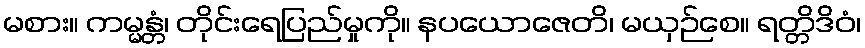
မစား။ ကမ္မန္တံ၊ တိုင်းရေပြည်မှုကို။ နပယောဇေတိ၊ မယှဉ်စေ။ ရတ္တိဒိဝံ၊